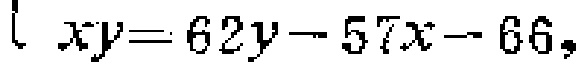
\(xy = 62y - 57x - 66\)